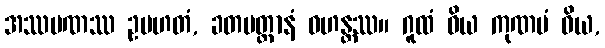
အဿမဏဿ ဥပဟတံ, ခတမတ္တာနံ ဝဟန္တဿ။ ဂူထံ ဝိယ ကုဏပံ ဝိယ,